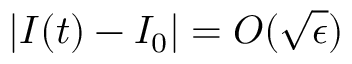
\vert I ( t ) - I _ { 0 } \vert = O ( \sqrt \epsilon )